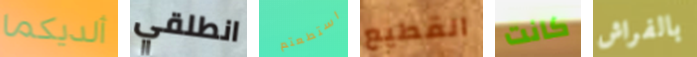
ألديكما انطلقي استطعتم القطيع كانت بالفراش